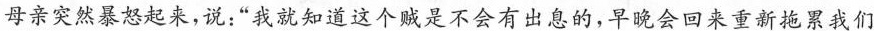
母亲突然暴怒起来，说：”我就知道这个贼是不会有出息的，早晚会回来重新拖累我们